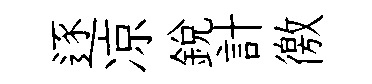
逐凉銳計徼